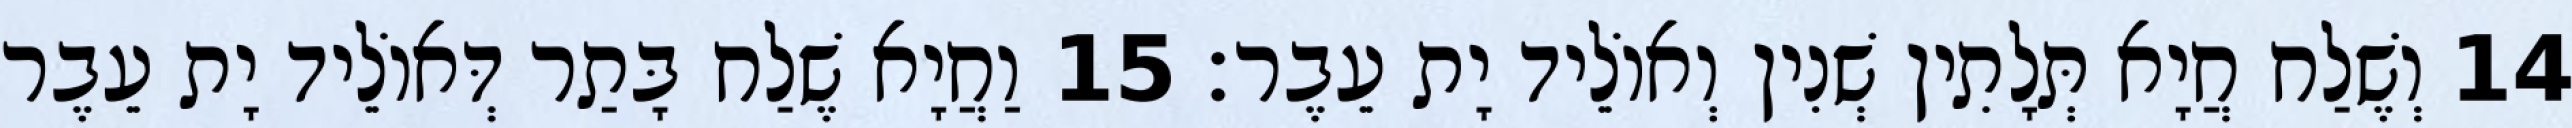
14 וְשֶׁלַח חֲיָא תְּלָתִין שְׁנִין וְאוֹלֵיד יָת עֵבֶר׃ 15 וַחֲיָא שֶׁלַח בָּתַר דְּאוֹלֵיד יָת עֵבֶר